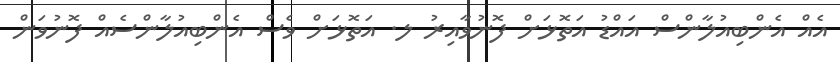
އެއް އެންބިއުލާންސް އައްޑު އަތޮޅަށް ފޮނުވާއިރު ލ. އަތޮޅަށް ވެސް އެންބިއުލާންސެއް ފޮނުވަން